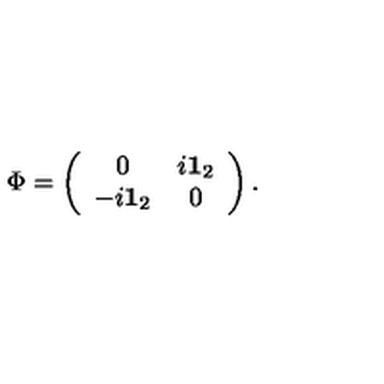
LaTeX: \Phi = \left( \begin{array} { c c } { 0 } & { i { \bf 1 } _ { 2 } } \\ { - i { \bf 1 } _ { 2 } } & { 0 } \\ \end{array} \right) .